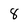
Character: 8